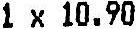
1 X 10.90